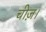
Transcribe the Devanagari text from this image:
चीज़।